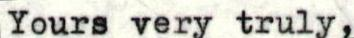
Yours very truly,